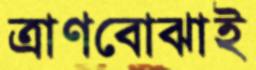
ত্রাণবোঝাই